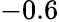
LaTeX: -0.6